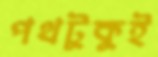
পথটুকুই